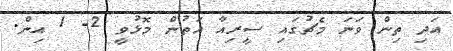
އަދި ތިން ވަނަ މެޗުގައި ސީރިއާ އަތުން މޮޅުވީ 2- 1 އިން.